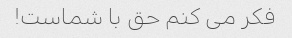
فکر می کنم حق با شماست!